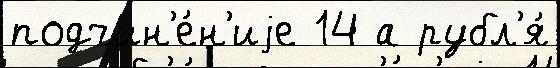
подчин'е́н'иjе 14 а рубл'я́